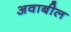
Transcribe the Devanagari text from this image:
अवाबील